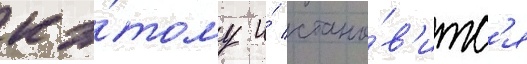
к э́тому и́ стано́в'итс'я